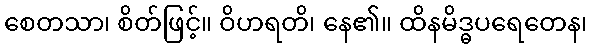
စေတသာ၊ စိတ်ဖြင့်။ ဝိဟရတိ၊ နေ၏။ ထိနမိဒ္ဓပရေတေန၊